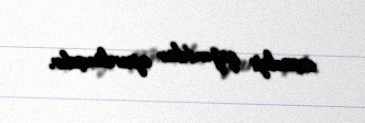
arxeoloji qazıntılar aparılmışdır.